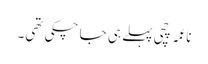
ناعمہ چچی پہلے ہی جا چکی تھی۔